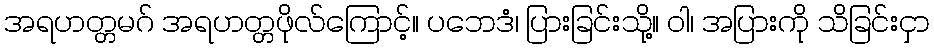
အရဟတ္တမဂ် အရဟတ္တဖိုလ်ကြောင့်။ ပဘေဒံ၊ ပြားခြင်းသို့။ ဝါ၊ အပြားကို သိခြင်းငှာ